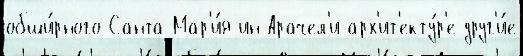
обши́рного Санта-Мар'и́я-ин-Арачел'и арх'ит'екту́р'е друг'и́е